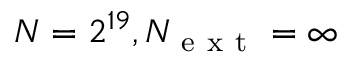
N = 2 ^ { 1 9 } , N _ { \mathrm { ~ e ~ x ~ t ~ } } = \infty